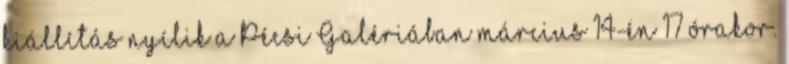
kiállítás nyílik a Pécsi Galériában március 14-én 17 órakor.